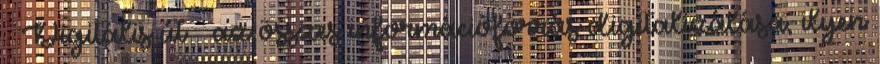
 Digitális út – az összes információforrás digitalizálása, ilyen